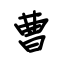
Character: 曹